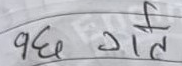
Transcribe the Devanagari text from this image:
वह गति